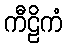
ကီဠိကံ